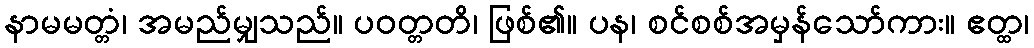
နာမမတ္တံ၊ အမည်မျှသည်။ ပဝတ္တတိ၊ ဖြစ်၏။ ပန၊ စင်စစ်အမှန်သော်ကား။ ဧတ္ထ၊